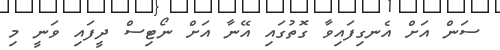
ސަން އަށް އެނގިފައިވާ ގޮތުގައި އޭނާ އަށް ނޯޓިސް ދީފައި ވަނީ މި